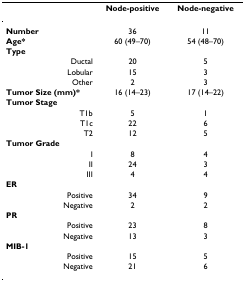
<table><thead><tr><td></td><td><b>Node-positive</b></td><td><b>Node-negative</b></td></tr></thead><tbody><tr><td><b>Number</b></td><td>36</td><td>11</td></tr><tr><td><b>Age*</b></td><td>60 (49–70)</td><td>54 (48–70)</td></tr><tr><td><b>Type</b></td><td></td><td></td></tr><tr><td>Ductal</td><td>20</td><td>5</td></tr><tr><td>Lobular</td><td>15</td><td>3</td></tr><tr><td>Other</td><td>2</td><td>3</td></tr><tr><td><b>Tumor Size (mm)*</b></td><td>16 (14–23)</td><td>17 (14–22)</td></tr><tr><td><b>Tumor Stage</b></td><td></td><td></td></tr><tr><td>T1b</td><td>5</td><td>1</td></tr><tr><td>T1c</td><td>22</td><td>6</td></tr><tr><td>T2</td><td>12</td><td>5</td></tr><tr><td><b>Tumor Grade</b></td><td></td><td></td></tr><tr><td>I</td><td>8</td><td>4</td></tr><tr><td>II</td><td>24</td><td>3</td></tr><tr><td>III</td><td>4</td><td>4</td></tr><tr><td><b>ER</b></td><td></td><td></td></tr><tr><td>Positive</td><td>34</td><td>9</td></tr><tr><td>Negative</td><td>2</td><td>2</td></tr><tr><td><b>PR</b></td><td></td><td></td></tr><tr><td>Positive</td><td>23</td><td>8</td></tr><tr><td>Negative</td><td>13</td><td>3</td></tr><tr><td><b>MIB-1</b></td><td></td><td></td></tr><tr><td>Positive</td><td>15</td><td>5</td></tr><tr><td>Negative</td><td>21</td><td>6</td></tr></tbody></table>